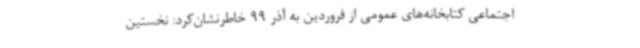
اجتماعی کتابخانه‌های عمومی از فروردین به آذر 99 خاطرنشان‌کرد: نخستین